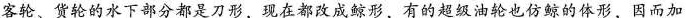
客轮、货轮的水下部分都是刀形，现在都改成鲸形，有的超级油轮也仿鲸的体形，因而加